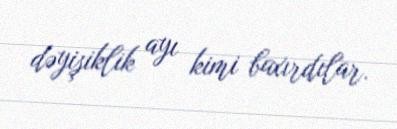
dəyişiklik ayı kimi baxırdılar.